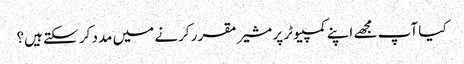
کیا آپ مجھے اپنے کمپیوٹر پر مشیر مقرر کرنے میں مدد کر سکتے ہیں؟